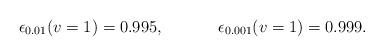
LaTeX: \begin{align*}\epsilon_{0.01}(v=1) = 0.995, ~~~~~~~~~~\epsilon_{0.001}(v=1) = 0.999. \end{align*}